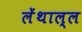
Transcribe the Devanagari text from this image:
लेंथाल्ल